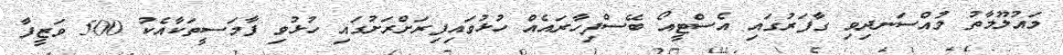
މައުލޫމާތު މުއްސަނދިވި ގާފަރުގައި އެސްޓީއޯ ބޭސްފިހާރައެއް ހުޅުވައިފިރަށްރަށުގައި ހުޅުވި ފާމަސީތަކާއެކު 500 ވަޒީފާ